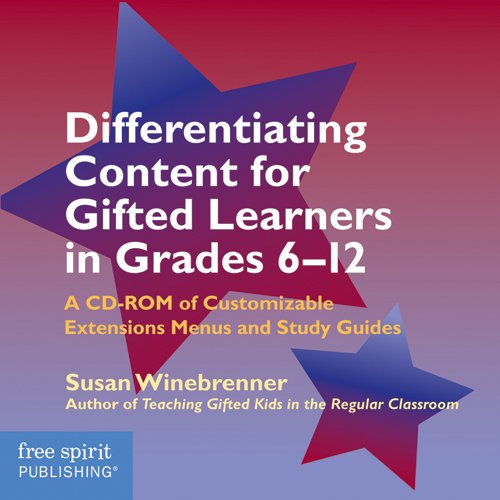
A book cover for Differentiating Content for Gifted Learners in Grades 6-12; Susan Winebrenner M.S.; Teen & Young Adult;